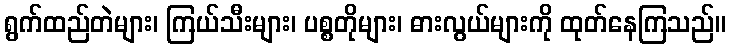
ရွက်ထည်တဲများ၊ ကြယ်သီးများ၊ ပစ္စတိုများ၊ ဓားလွယ်များကို ထုတ်နေကြသည်။